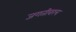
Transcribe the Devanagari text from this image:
जगतीवरच